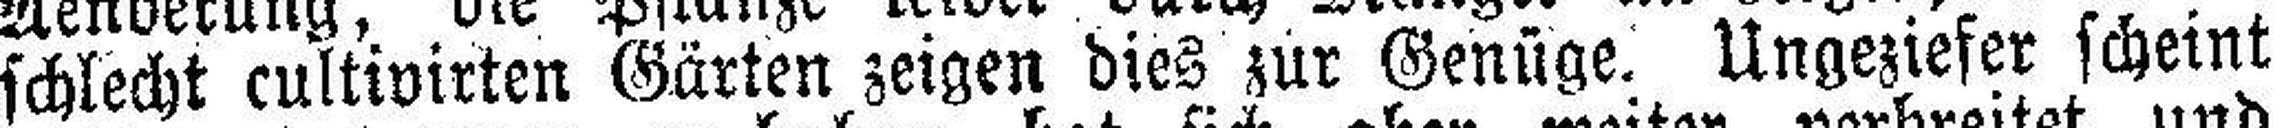
schlecht cultivirten Gärten zeigen dies zur Genüge. Ungeziefer scheint